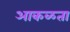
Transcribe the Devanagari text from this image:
आकळता